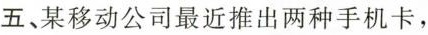
五、某移动公司最近推出两种手机卡，